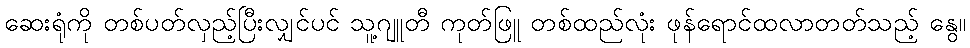
ဆေးရုံကို တစ်ပတ်လှည့်ပြီးလျှင်ပင် သူ့ဂျူတီ ကုတ်ဖြူ တစ်ထည်လုံး ဖုန်ရောင်ထလာတတ်သည့် နွေ။